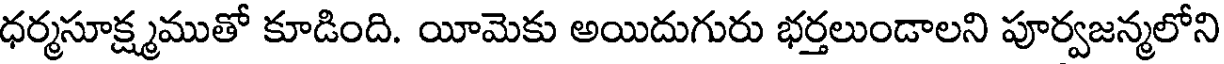
ధర్మసూక్ష్మముతో కూడింది. యీమెకు అయిదుగురు భర్తలుండాలని పూర్వజన్మలోని